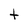
Character: t